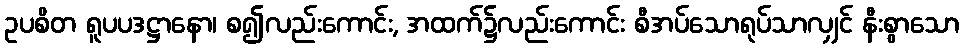
ဥပစိတ ရူပပဒဋ္ဌာနော၊ စ၍လည်းကောင်း, အထက်၌လည်းကောင်း စီအပ်သောရုပ်သာလျှင် နီးစွာသော